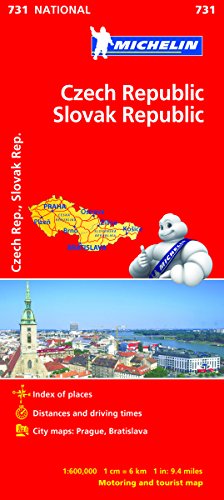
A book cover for Czech Republic, Slovak Republic (Michelin National Maps); Travel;